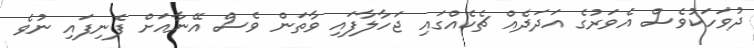
ދުވަހަކުވެސް އެވަރުގެ އަދަދެއް ޗެކެއްގައި ޖަހާލާފައި ވާތަން ވެސް އޭނާއަށް ފެނިފައި ނުވެ